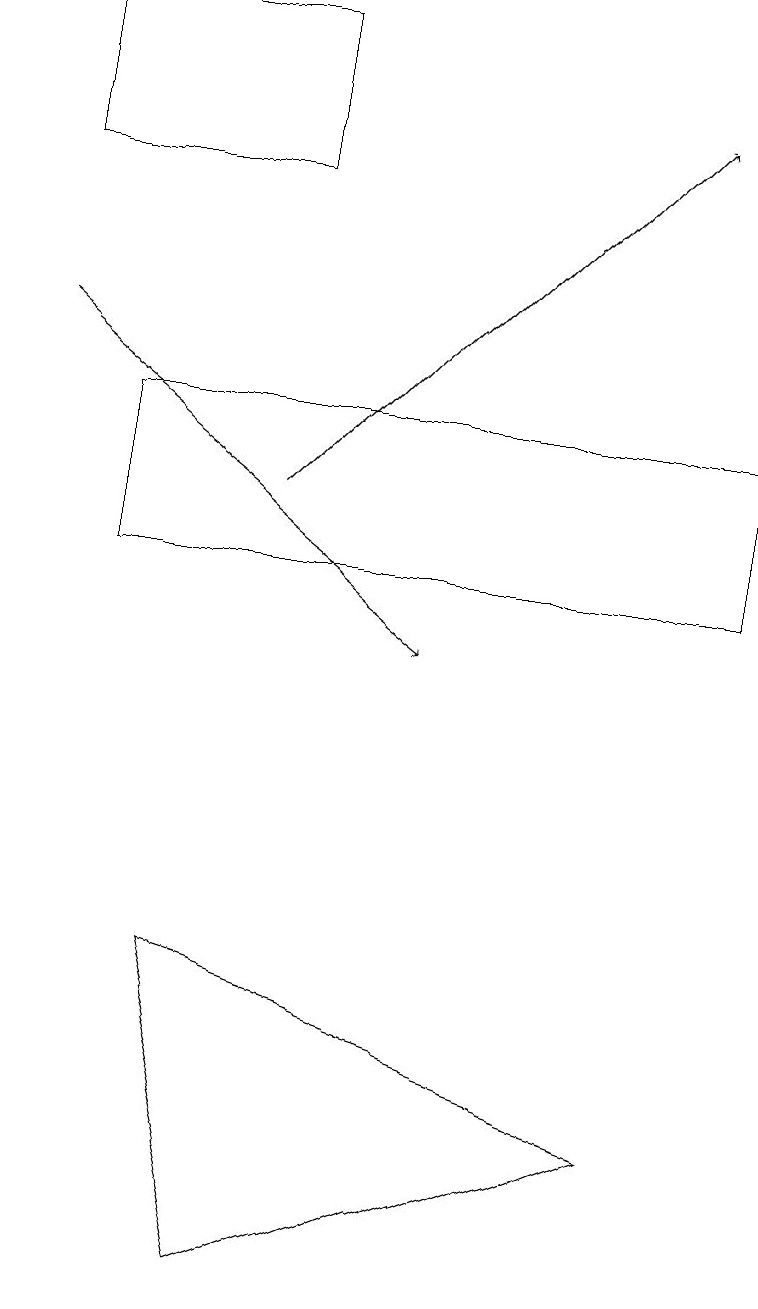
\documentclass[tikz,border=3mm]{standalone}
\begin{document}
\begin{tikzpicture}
\draw[->] (3,13) -- (8,18);
\draw[->] (0,15) -- (5,11);
\draw (3,3) -- (8,5) -- (2,7) -- cycle;
\draw (0,17) rectangle (3,19);
\draw (1,14) rectangle (9,12);
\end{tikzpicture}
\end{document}